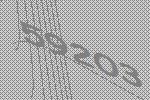
59203